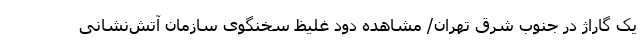
یک گاراژ در جنوب شرق تهران/ مشاهده دود غلیظ سخنگوی سازمان آتش‌نشانی